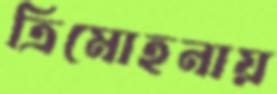
ত্রিমোহনায়